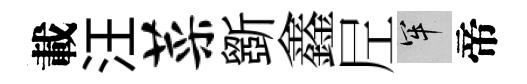
載汪菜斵鑫𡰱牢帝